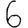
Digit: 6